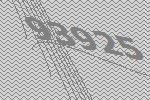
93925